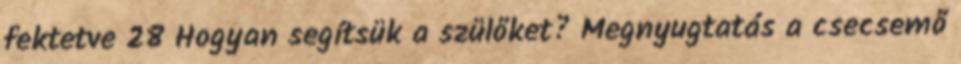
fektetve 28 Hogyan segítsük a szülőket? Megnyugtatás a csecsemő